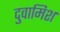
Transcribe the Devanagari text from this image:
दुवामिश